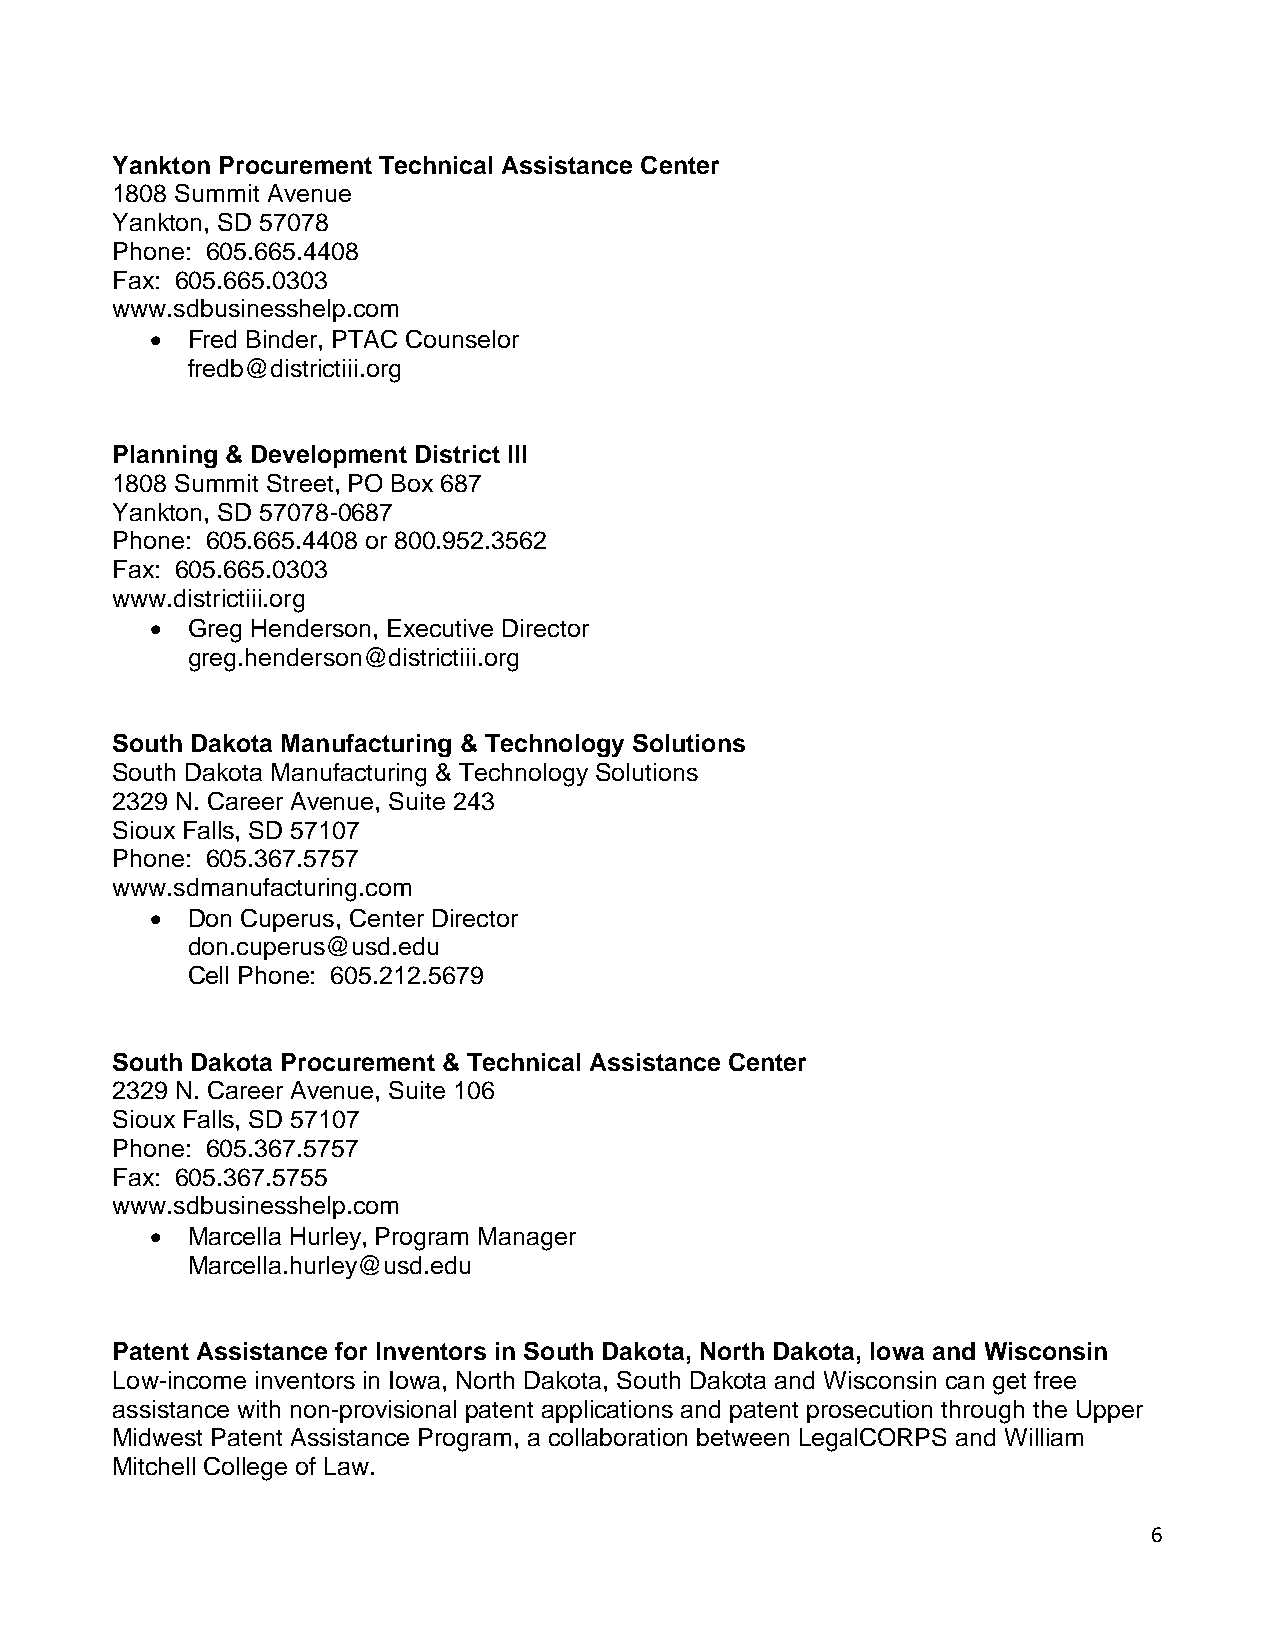
Yankton Procurement Technical Assistance Center
 1808 Summit Avenue
 Yankton, SD 57078
 Phone: 605.665.4408
 Fax: 605.665.0303
 www.sdbusinesshelp.com
 • Fred Binder, PTAC Counselor
 fredb@districtiii.org
 Planning & Development District III
 1808 Summit Street, PO Box 687
 Yankton, SD 57078-0687
 Phone: 605.665.4408 or 800.952.3562
 Fax: 605.665.0303
 www.districtiii.org
 • Greg Henderson, Executive Director
 greg.henderson@districtiii.org
 South Dakota Manufacturing & Technology Solutions
 South Dakota Manufacturing & Technology Solutions
 2329 N. Career Avenue, Suite 243
 Sioux Falls, SD 57107
 Phone: 605.367.5757
 www.sdmanufacturing.com
 • Don Cuperus, Center Director
 don.cuperus@usd.edu
 Cell Phone: 605.212.5679
 South Dakota Procurement & Technical Assistance Center
 2329 N. Career Avenue, Suite 106
 Sioux Falls, SD 57107
 Phone: 605.367.5757
 Fax: 605.367.5755
 www.sdbusinesshelp.com
 • Marcella Hurley, Program Manager
 Marcella.hurley@usd.edu
 Patent Assistance for Inventors in South Dakota, North Dakota, Iowa and Wisconsin
 Low-income inventors in Iowa, North Dakota, South Dakota and Wisconsin can get free
 assistance with non-provisional patent applications and patent prosecution through the Upper
 Midwest Patent Assistance Program, a collaboration between LegalCORPS and William
 Mitchell College of Law.
 6